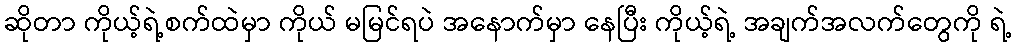
ဆိုတာ ကိုယ့်ရဲ့စက်ထဲမှာ ကိုယ် မမြင်ရပဲ အနောက်မှာ နေပြီး ကိုယ့်ရဲ့ အချက်အလက်တွေကို ရဲ့